Punjab Mental Hospital Lahore 1932-46 - 1932-1946
Year: 1932
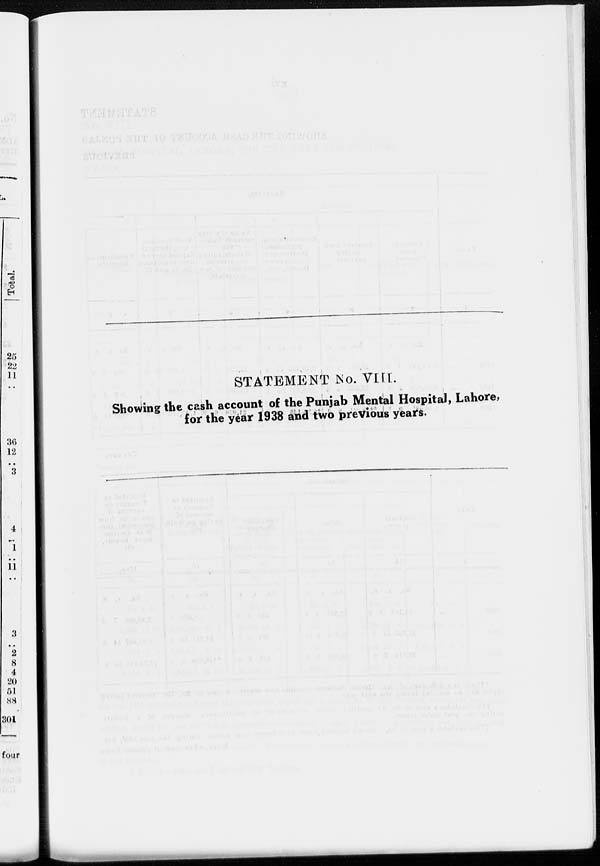
STATEMENT No. VIII.
Showing the cash account of the Punjab Mental Hospital, Lahore,
for the year 1938 and two previous years.